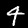
Label: 4